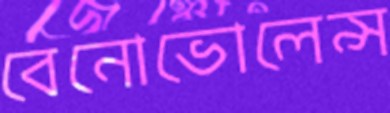
বেনোভোলেন্স